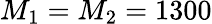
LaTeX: M_{1}=M_{2}=1300